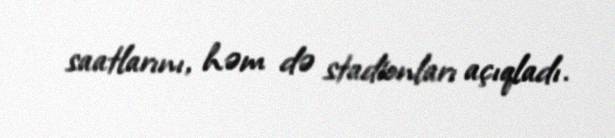
saatlarını, həm də stadionları açıqladı.